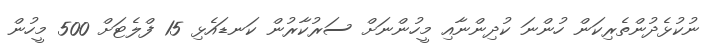
ނުކުޅެދުންތެރިކަން ހުންނަ ކުދިންނާއި މީހުންނަށް ސަރުކާރުން ކަނޑައެޅި 15 ފްލެޓަށް 500 މީހުން